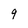
Character: 9